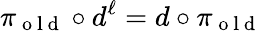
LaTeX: \pi_{\mathrm{~o~l~d~}}\circ d^{\ell}=d\circ\pi_{\mathrm{~o~l~d~}}